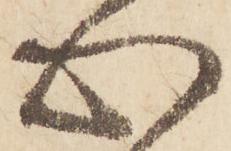
心